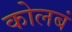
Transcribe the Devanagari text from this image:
कोलबं